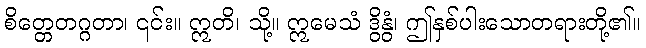
စိတ္တေတဂ္ဂတာ၊ ၎င်း။ ဣတိ၊ သို့။ ဣမေသံ ဒွိနွံ၊ ဤနှစ်ပါးသောတရားတို့၏။